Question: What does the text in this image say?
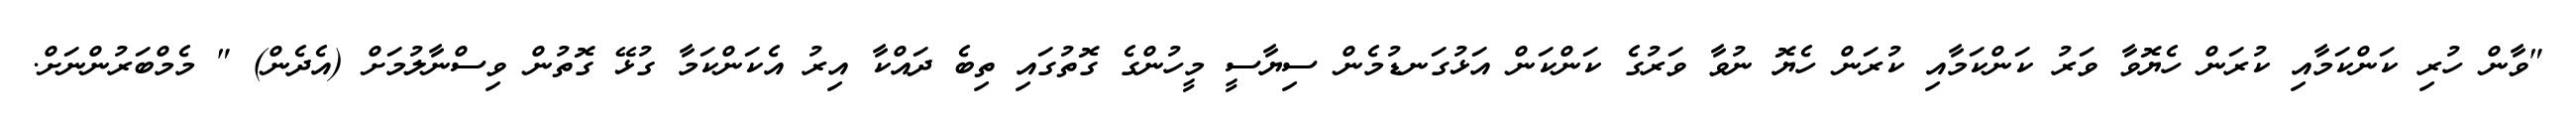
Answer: "ވާން ހުރި ކަންކަމާއި ކުރަން ހެޔޮވާ ވަރު ކަންކަމާއި ކުރަން ހެޔޮ ނުވާ ވަރުގެ ކަންކަން އަޅުގަނޑުމެން ސިޔާސީ މީހުންގެ ގޮތުގައި ތިބެ ދައްކާ އިރު އެކަންކަމާ ގުޅޭ ގޮތުން ވިސްނާލުމަށް (އެދެން) " މެމްބަރުންނަށް.